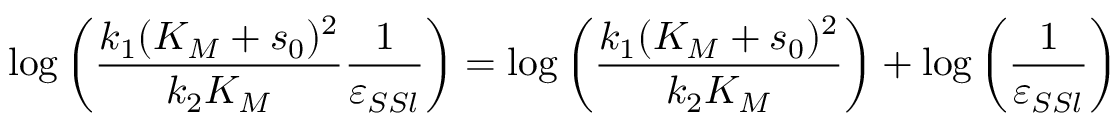
\log \left( \frac { k _ { 1 } ( K _ { M } + s _ { 0 } ) ^ { 2 } } { k _ { 2 } K _ { M } } \frac { 1 } { \varepsilon _ { S S l } } \right) = \log \left( \frac { k _ { 1 } ( K _ { M } + s _ { 0 } ) ^ { 2 } } { k _ { 2 } K _ { M } } \right) + \log \left( \frac { 1 } { \varepsilon _ { S S l } } \right)